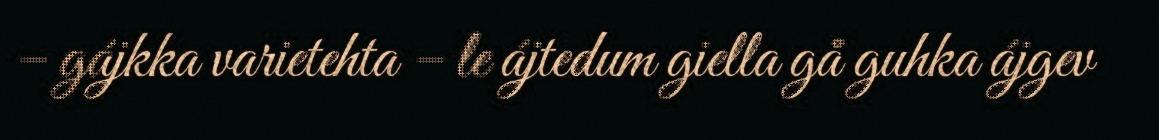
– gájkka varietehta – le ájtedum giella gå guhka ájgev